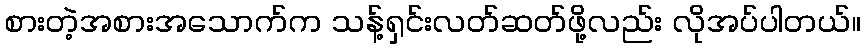
စားတဲ့အစားအသောက်က သန့်ရှင်းလတ်ဆတ်ဖို့လည်း လိုအပ်ပါတယ်။